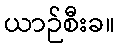
ယာဉ်စီးခ။